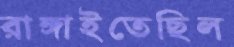
রাঙ্গাইতেছিল